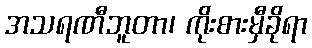
အသရဏီဘူတာ၊ ကိုးစားမှီခိုရာ